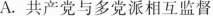
A.共产党与多党派相互监督